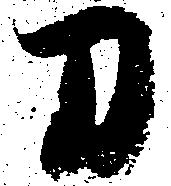
刀